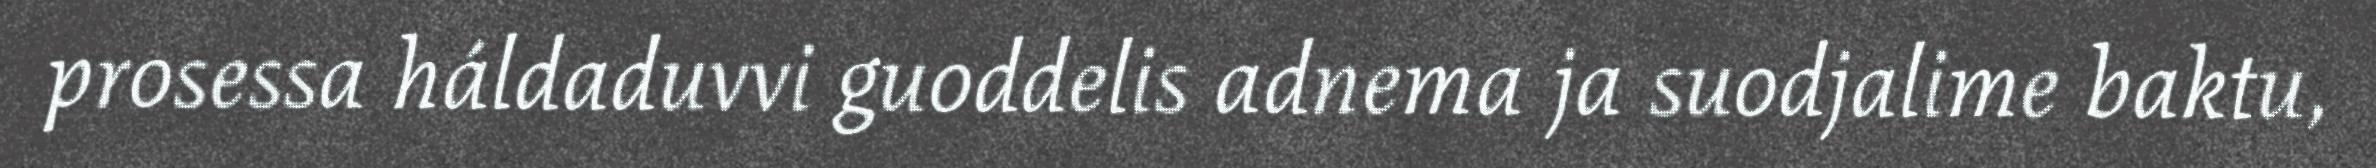
prosessa háldaduvvi guoddelis adnema ja suodjalime baktu,